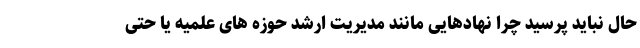
حال نباید پرسید چرا نهادهایی مانند مدیریت ارشد حوزه های علمیه یا حتی